system: You are a helpful assistant.
user:
Analyze the provided spectrum to determine if it is a **"Cataclysmic Variables (CV)"**.

- **Key Indicators for CV (Check for either state):**
    - **State 1: Quiescent / Low-State (Emission-Dominated)**
        - **(Primary):** Strong and *very broad* Hydrogen Balmer emission lines (e.g., $H\alpha$ at 6563 Å, $H\beta$ at 4861 Å). The 'broadness' (high velocity dispersion, often FWHM > 1000 km/s) is the key diagnostic, indicating a high-velocity accretion disk.
        - **(Secondary):** Broad neutral Helium (He I) emission lines (e.g., 5876 Å, 6678 Å).
        - **(Key Confirmation):** Presence of high-excitation *ionized* Helium (He II) emission at 4686 Å. This is a strong indicator of accretion onto a white dwarf.
        - **(Line Profile):** Emission lines may exhibit a 'double-peaked' profile, which is a classic signature of a rotating accretion disk viewed at high inclination.

    - **State 2: Outburst / High-State (Absorption-Dominated)**
        - **(Primary):** Spectrum is dominated by a bright, blue continuum (looks like a hot star).
        - **(Secondary):** The emission lines from State 1 are weak, absent, or 'filled in', and are replaced by broad, shallow *absorption* lines (primarily Balmer and He I).
        - **(Morphology):** The overall spectrum mimics a hot B/A-type star. The crucial difference is that the absorption lines are significantly broader, shallower, and more 'washed-out' (or 'smeared') than the sharp lines of a normal stellar photosphere, due to high rotational speeds and pressure broadening in the disk.

Think first, call **spectral_visualization_tool** if needed to examine features in detail, then provide your final answer. Your response must adhere to the following strict rules:
1.  **Overall Structure:** Your response must follow the format `<think>...</think> <tool_call>...</tool_call> (if a tool is used) <answer>...</answer>`.
2.  **Tool Usage Constraint:** You may only make **one** tool call per turn.
3.  **Final Answer Format:** In the `<answer>` tag, your conclusion must be inside a `\boxed{}` command (e.g., `\boxed{YES}`), followed by your justification.

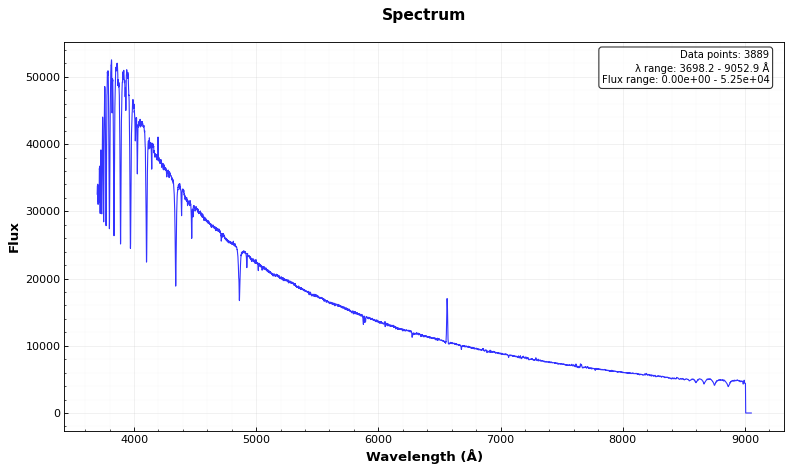
Answer: NO